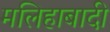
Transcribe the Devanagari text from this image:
मलिहाबादी